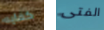
كفايه الفتى